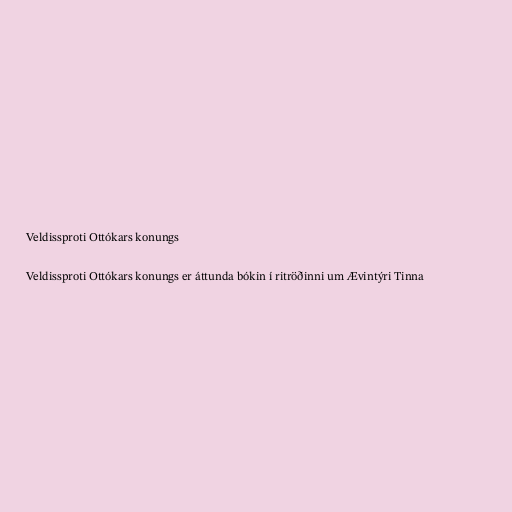
Veldissproti Ottókars konungs

Veldissproti Ottókars konungs er áttunda bókin í ritröðinni um Ævintýri Tinna